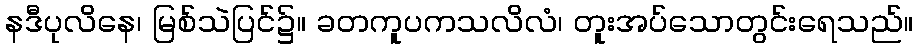
နဒီပုလိနေ၊ မြစ်သဲပြင်၌။ ခတကူပကသလိလံ၊ တူးအပ်သောတွင်းရေသည်။